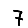
Digit: 7